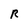
Character: R